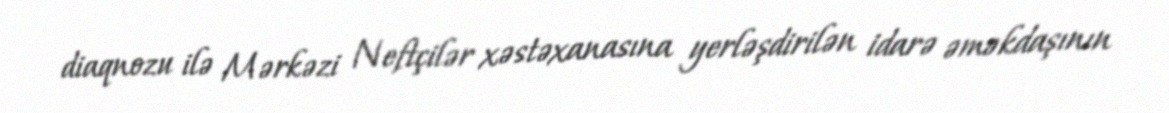
diaqnozu ilə Mərkəzi Neftçilər xəstəxanasına yerləşdirilən idarə əməkdaşının